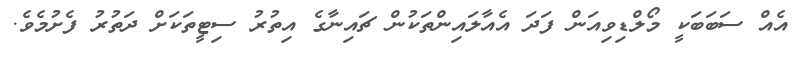
އެއް ސަބަބަކީ މޯލްޑިވިއަން ފަދަ އެއާލައިންތަކުން ޗައިނާގެ އިތުރު ސިޓީތަކަށް ދަތުރު ފެށުމެވެ.